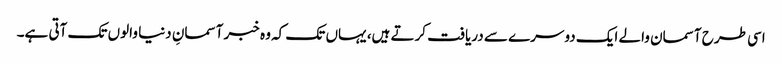
اسی طرح آسمان والے ایک دوسرے سے دریافت کرتے ہیں، یہاں تک کہ وہ خبر آسمانِ دنیا والوں تک آتی ہے۔